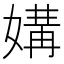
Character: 媾